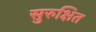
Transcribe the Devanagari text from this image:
सुरुक्षित